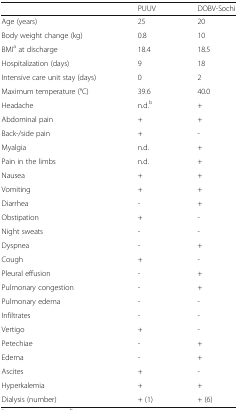
<table><thead><tr><td></td><td><b>PUUV</b></td><td><b>DOBV-Sochi</b></td></tr></thead><tbody><tr><td>Age (years)</td><td>25</td><td>20</td></tr><tr><td>Body weight change (kg)</td><td>0.8</td><td>10</td></tr><tr><td>BMI<sup>a</sup> at discharge</td><td>18.4</td><td>18.5</td></tr><tr><td>Hospitalization (days)</td><td>9</td><td>18</td></tr><tr><td>Intensive care unit stay (days)</td><td>0</td><td>2</td></tr><tr><td>Maximum temperature (°C)</td><td>39.6</td><td>40.0</td></tr><tr><td>Headache</td><td>n.d.<sup>b</sup></td><td>+</td></tr><tr><td>Abdominal pain</td><td>+</td><td>+</td></tr><tr><td>Back-/side pain</td><td>+</td><td>-</td></tr><tr><td>Myalgia</td><td>n.d.</td><td>+</td></tr><tr><td>Pain in the limbs</td><td>n.d.</td><td>+</td></tr><tr><td>Nausea</td><td>+</td><td>+</td></tr><tr><td>Vomiting</td><td>+</td><td>+</td></tr><tr><td>Diarrhea</td><td>-</td><td>+</td></tr><tr><td>Obstipation</td><td>+</td><td>-</td></tr><tr><td>Night sweats</td><td>-</td><td>-</td></tr><tr><td>Dyspnea</td><td>-</td><td>+</td></tr><tr><td>Cough</td><td>+</td><td>-</td></tr><tr><td>Pleural effusion</td><td>-</td><td>+</td></tr><tr><td>Pulmonary congestion</td><td>-</td><td>+</td></tr><tr><td>Pulmonary edema</td><td>-</td><td>-</td></tr><tr><td>Infiltrates</td><td>-</td><td>-</td></tr><tr><td>Vertigo</td><td>+</td><td>-</td></tr><tr><td>Petechiae</td><td>-</td><td>+</td></tr><tr><td>Edema</td><td>-</td><td>+</td></tr><tr><td>Ascites</td><td>+</td><td>-</td></tr><tr><td>Hyperkalemia</td><td>+</td><td>+</td></tr><tr><td>Dialysis (number)</td><td>+ (1)</td><td>+ (6)</td></tr></tbody></table>